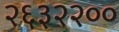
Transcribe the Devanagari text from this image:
२६३२२००